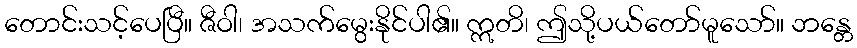
တောင်းသင့်ပေပြီ။ ဇီဝါ၊ အသက်မွေးနိုင်ပါ၏။ ဣတိ၊ ဤသို့ပယ်တော်မူသော်။ ဘန္တေ